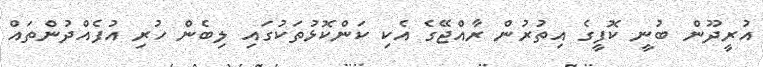
އުރީދޫން ބުނީ ކޮފީގެ އިތުރުން ރާއްޖޭގެ އެކި ކަންކޮޅުތަކުގައި ލިބެން ހުރި އުފެއްދުންތައް